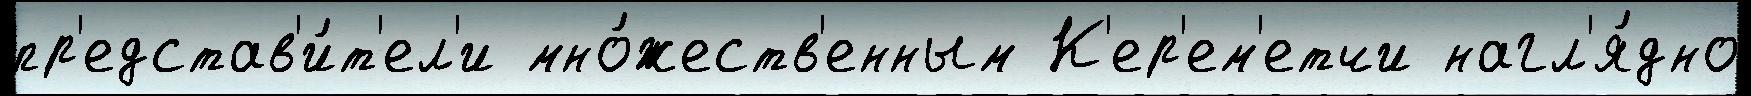
пр'едстав'и́т'ел'и мно́жеств'енным К'ер'ем'етчи нагл'я́дно